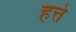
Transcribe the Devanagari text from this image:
हत्ते